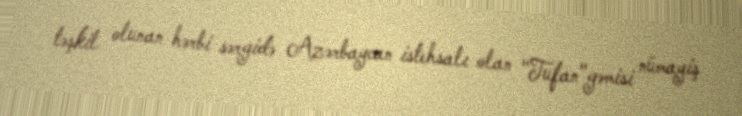
təşkil olunan hərbi sərgidə Azərbaycan istehsalı olan "Tufan"gəmisi nümayiş